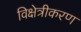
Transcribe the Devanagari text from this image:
विक्षेत्रीकरण